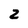
Character: 2